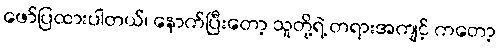
ဖော်ပြထားပါတယ်၊ နောက်ပြီးတော့ သူတို့ရဲ့ တရားအကျင့် ကတော့